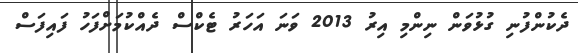
ދެކުންފުނި ގުޅުވަން ނިންމި އިރު 2013 ވަނަ އަހަރު ޓެކްސް ދެއްކުމަށްފަހު ފައިފަސް